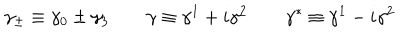
\gamma _ { \pm } \equiv \gamma _ { 0 } \pm \gamma _ { 3 } \qquad \gamma \equiv \gamma ^ { 1 } + i \gamma ^ { 2 } \qquad \gamma ^ { * } \equiv \gamma ^ { 1 } - i \gamma ^ { 2 }